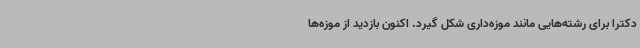
دکترا برای رشته‌هایی مانند موزه‌داری شکل گیرد. اکنون بازدید از موزه‌ها